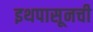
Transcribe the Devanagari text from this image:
इथपासूनची